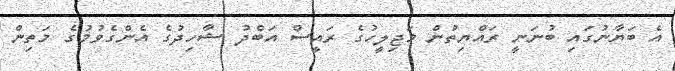
އެ ބަޔާނުގައި ބުނަނީ ރައްޔިތުން މަޖިލީހުގެ ރައީސް އަބްދު ޝާހިދުގެ އެންގެވުމުގެ މަތިން